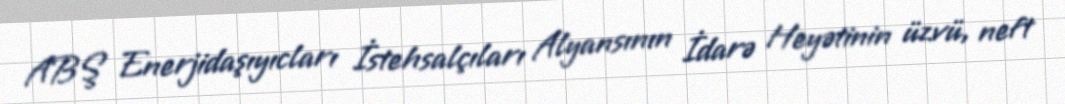
ABŞ Enerjidaşıyıcları İstehsalçıları Alyansının İdarə Heyətinin üzvü, neft